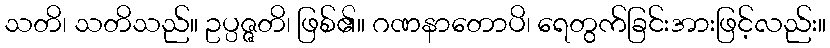
သတိ၊ သတိသည်။ ဥပ္ပဇ္ဇတိ၊ ဖြစ်၏။ ဂဏနာတောပိ၊ ရေတွက်ခြင်းအားဖြင့်လည်း။